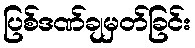
ပြစ်ဒဏ်ချမှတ်ခြင်း